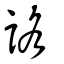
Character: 詻